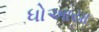
ધોઆયા